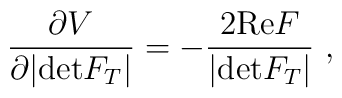
\frac{\partial V}{\partial |{\rm det}F_T|}=-\frac{2{\rm Re}F}{|{\rm det} F_T|} \ ,